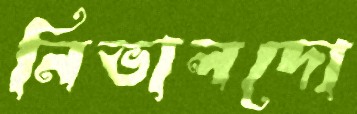
নিভালদো